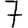
Digit: 7